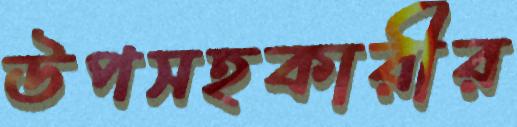
উপসহকারীর